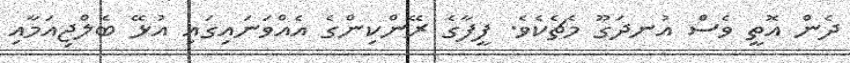
ދެން އޮތީ ވެސް އުނދަގޫ މެޗެކެވެ. ފީފާގެ ރޭންކިންގެ އެއްވަނައިގައި އުޅޭ ބެލްޖިއަމާއި